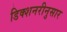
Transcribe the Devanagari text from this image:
डिक्शनरीनुसार